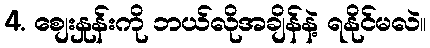
4. စျေးနှုန်းကို ဘယ်လိုအချိန်နဲ့ ရနိုင်မလဲ။